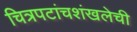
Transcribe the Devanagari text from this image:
चित्रपटांचशंखलेची